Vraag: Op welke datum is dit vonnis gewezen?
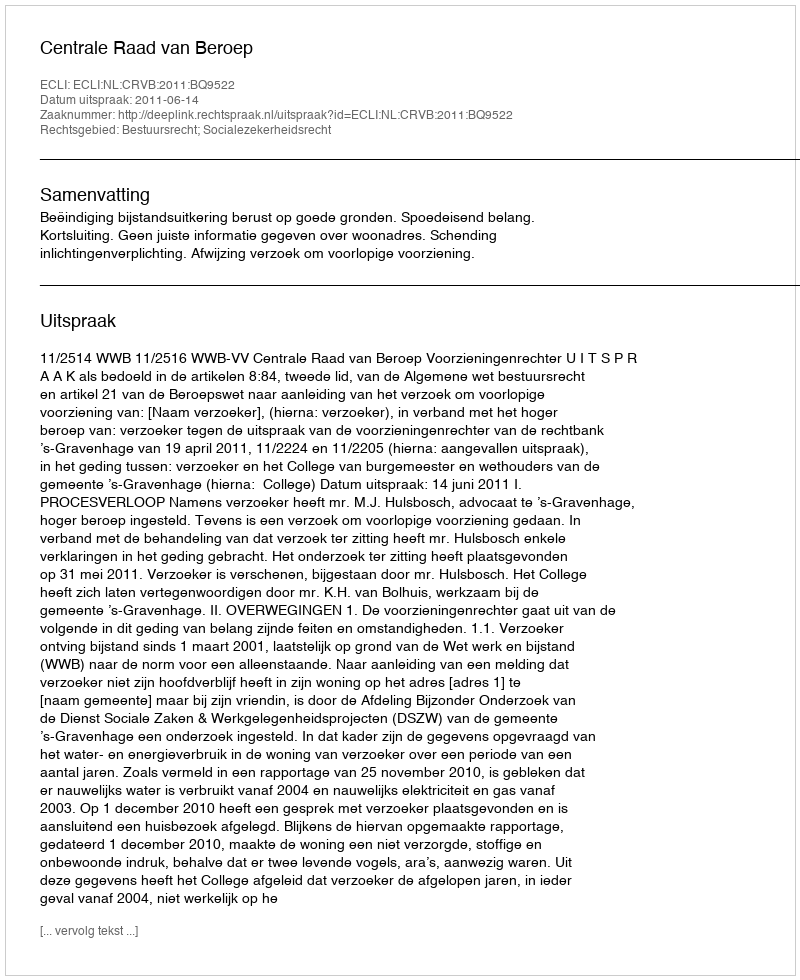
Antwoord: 2011-06-14